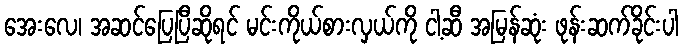
အေးလေ၊ အဆင်ပြေပြီဆိုရင် မင်းကိုယ်စားလှယ်ကို ငါ့ဆီ အမြန်ဆုံး ဖုန်းဆက်ခိုင်းပါ